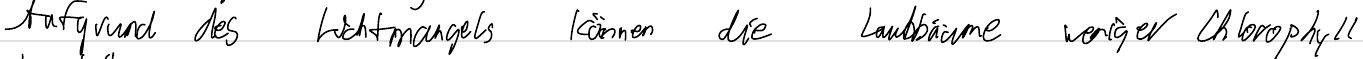
Aufgrund des Lichtmangels können die Laubbäume weniger Chlorophyll